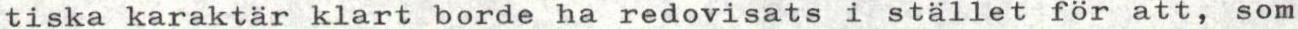
tiska karaktär klart borde ha redovisats i stället för att, som